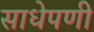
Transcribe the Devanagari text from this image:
साधेपणी